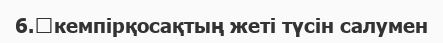
6.	кемпірқосақтың жеті түсін салумен